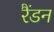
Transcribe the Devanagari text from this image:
रैंडन